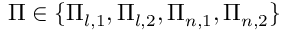
\Pi \in \{ \Pi _ { l , 1 } , \Pi _ { l , 2 } , \Pi _ { n , 1 } , \Pi _ { n , 2 } \}